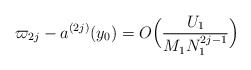
\begin{align*}\varpi_{2j} - a^{(2j)}(y_0) = O \Big( \frac{U_1}{M_1 N_1^{2j-1}}\Big)\end{align*}